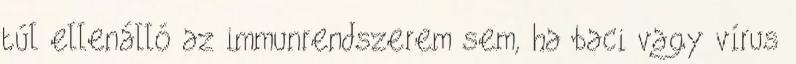
túl ellenálló az immunrendszerem sem, ha baci vagy vírus